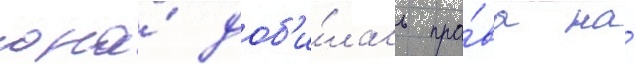
она́ доб'и́лась пра́ва на́